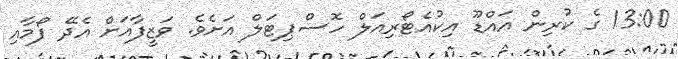
13:00 ގެ ކުރިން އައްޑޫ އިކުއެޓޯރިއަލް ހޮސްޕިޓަލް އަށެވެ. ވަޒީފާއަށް އެދޭ ފޯމާއި